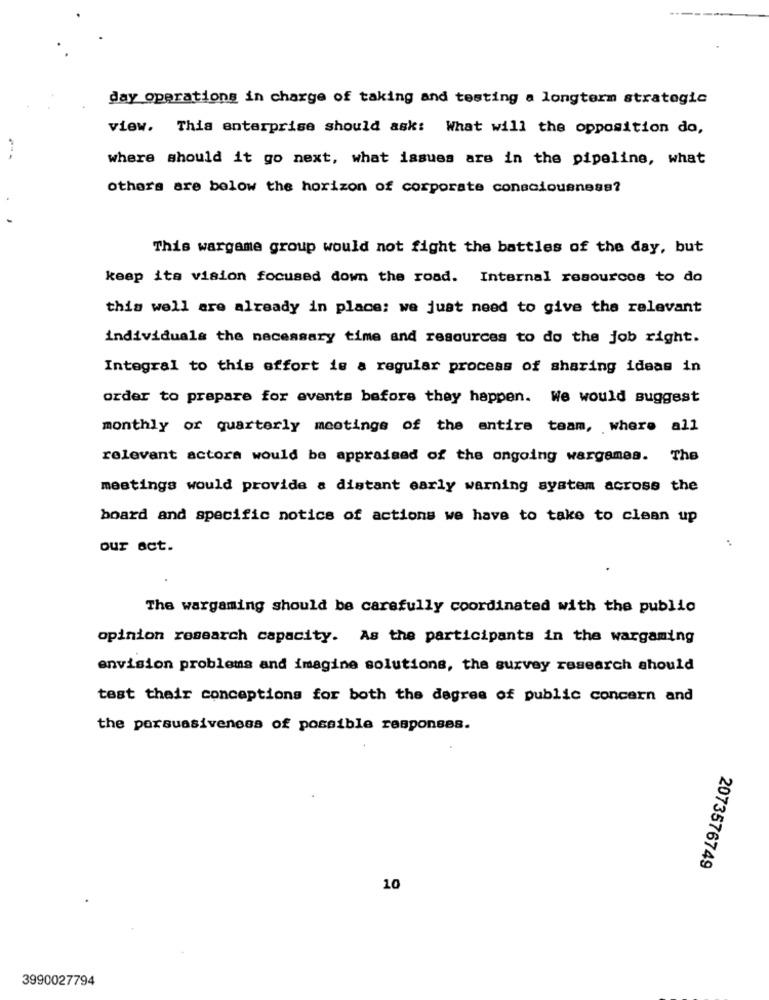
day operations in charge of taking and testing a longterm strategic
view. This enterprise should ask: What will the opposition do,
where should it go next, what issues are in the pipeline, what
others are below the horizon of corporate consciousness?
This wargame group would not fight the battles of the day, but
keep its vision focused down the road. Internal resources to do
this well are already in place: we just need to give the relevant
individuals the necessary time and resources to do the job right.
Integral to this effort is a regular process of sharing ideas in
order to prepare for events before they happen. We would suggest
monthly or quarterly meetings of the entire team, where all
relevant actora would be appraised of the ongoing wargames. The
meetings would provide a distant early warning system across the
board and specific notice of actions we have to take to clean up
our act.
The wargaming should be carefully coordinated with the public
opinion research capacity. As the participants in the wargaming
envision problems and imagine solutions, the survey research should
test their conceptions for both the degree of public concern and
the porsuasiveness of possible responses.
2073576749
10
3990027794